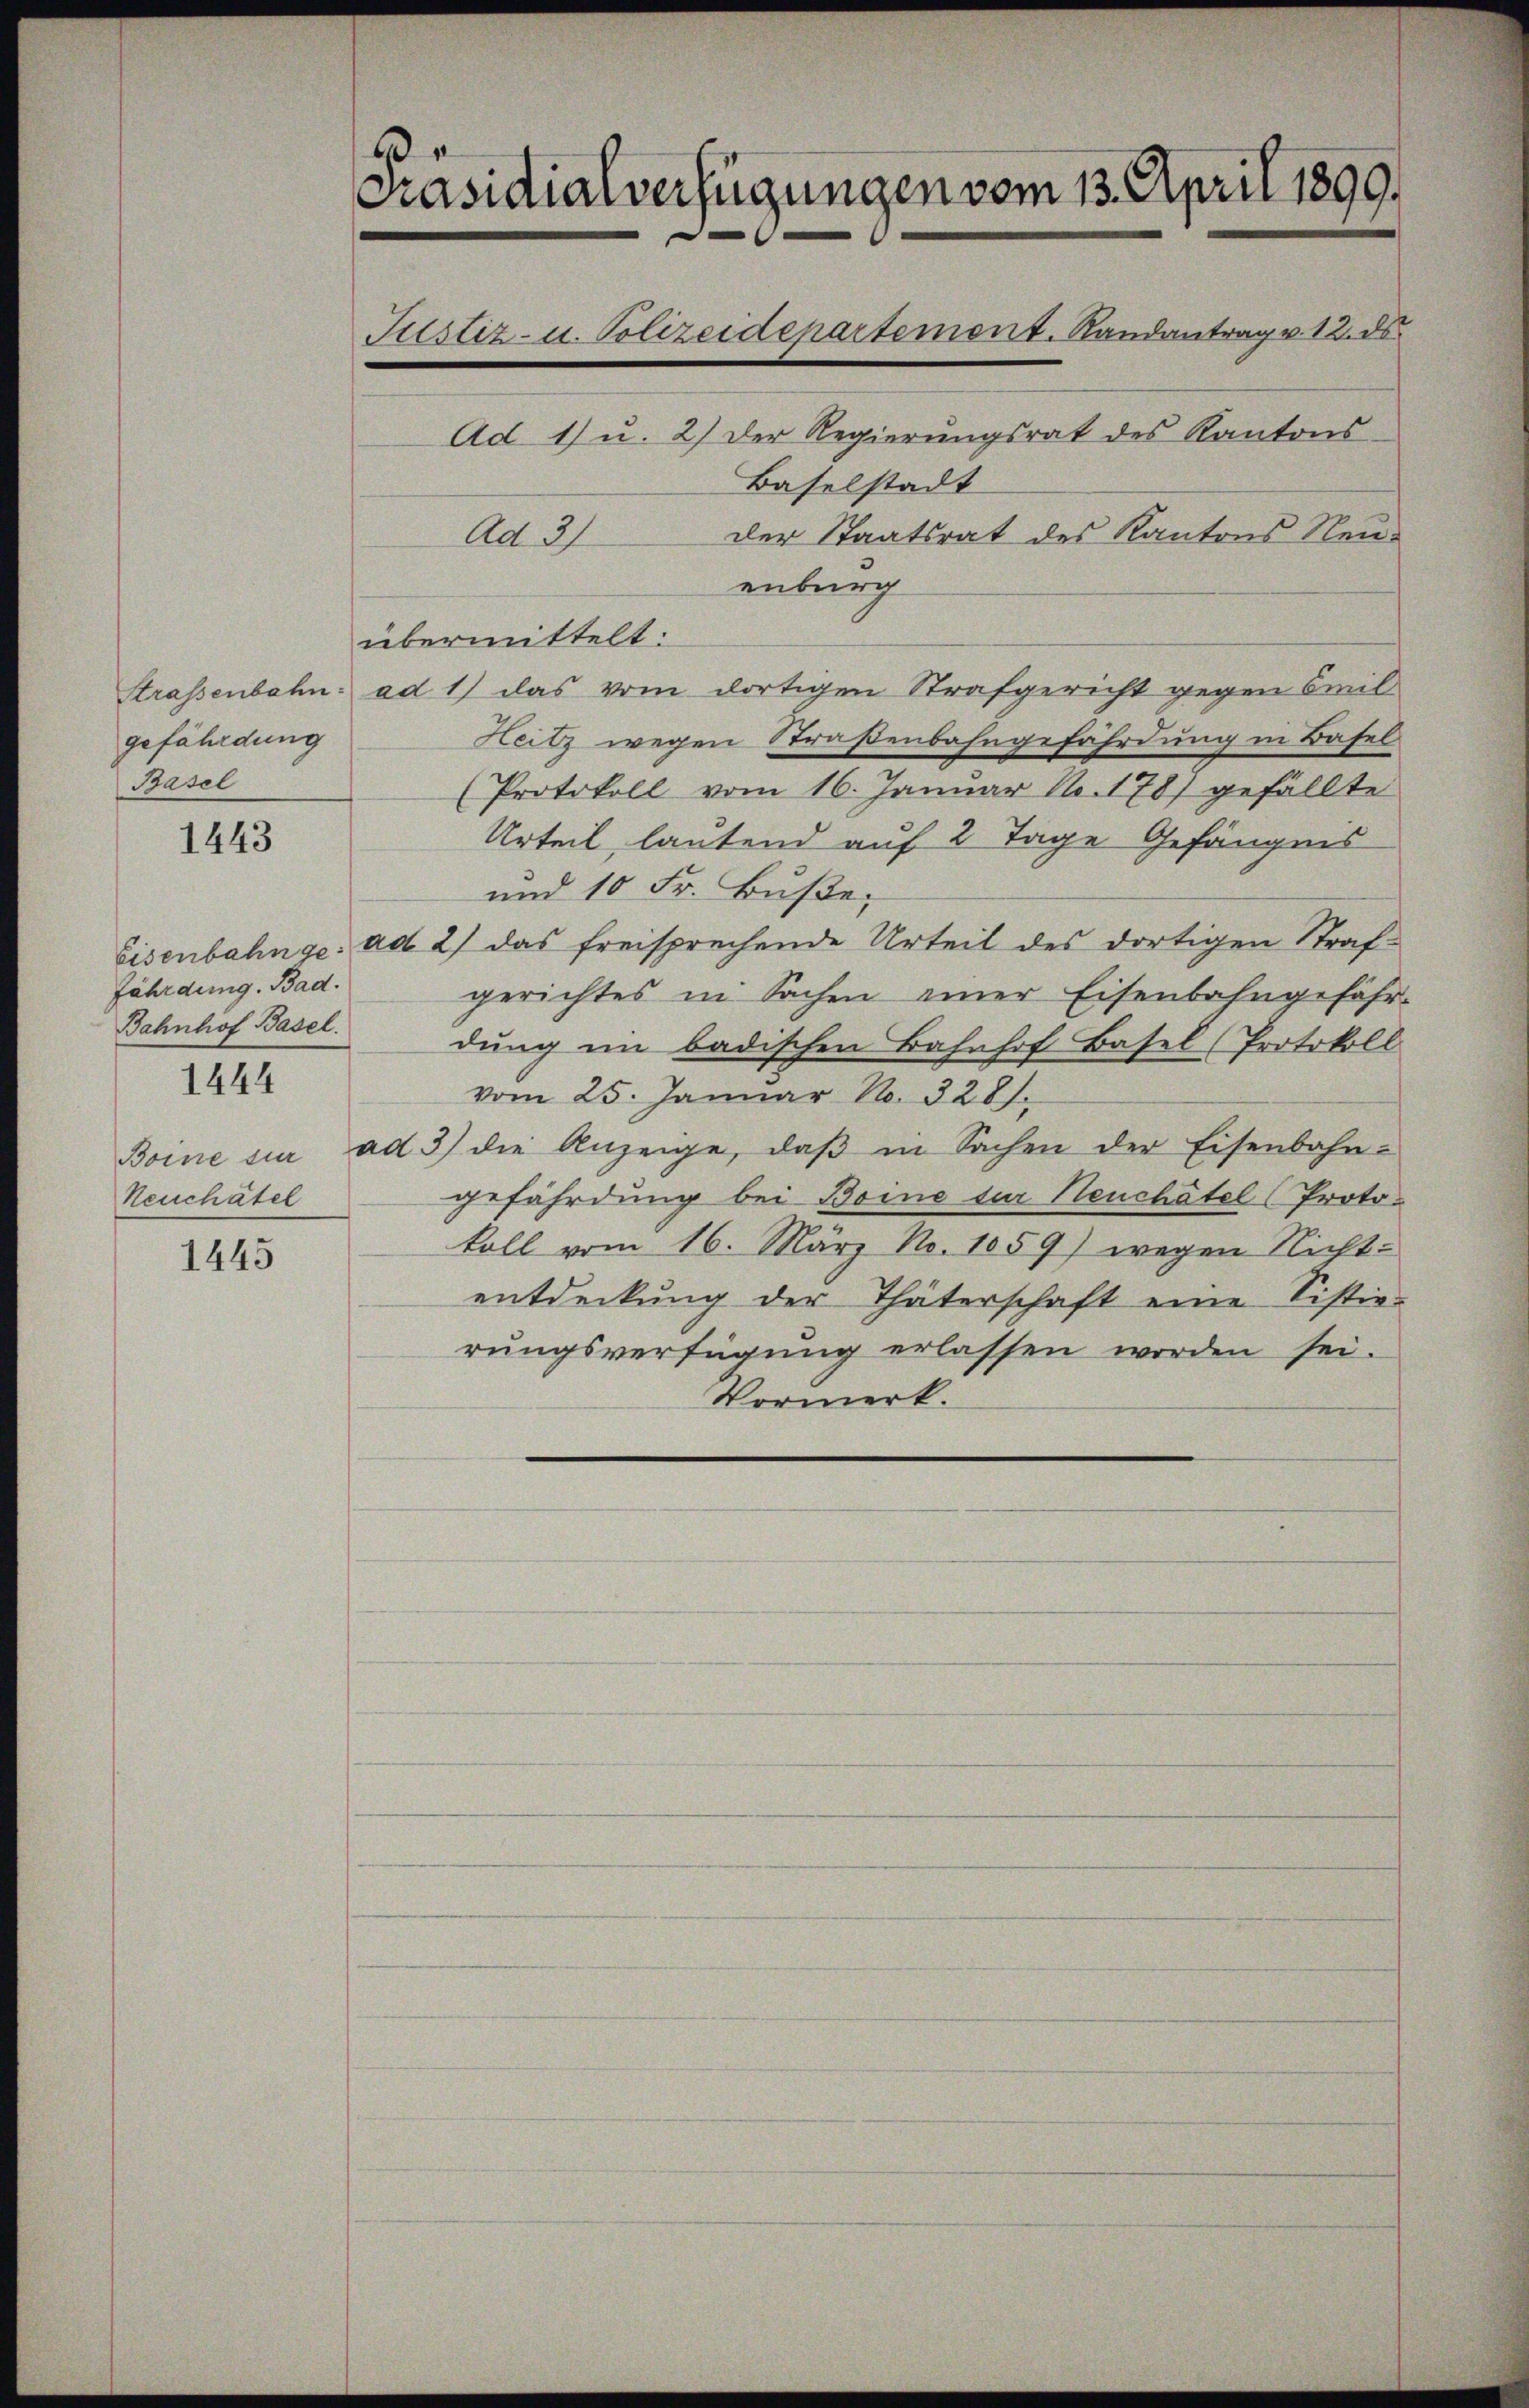
gefährdung
Basel

1443

fährdung. Bad.
Bahnhof Basel.
1444
Neuchatel

1445

6
Präsidialverfügungen vom 13. April 1890.
Justiz- u. Polizeidenartemont. Randantrag v. 12. ds.
Ad 1) u. 2) der Regierŭngsrat des Kantons
Baselstadt
der Staatsrat des Kantons Neu¬
Ad 3)

enburg
übermittelt:
Strassenbahn ad 1) das vom dortigen Strafgericht gegen Sil¬
Heitz wegen Straßenbahngefährdung in Basel
(Protokoll vom 16. Januar N. 178) gefällte
Urteil, lautend auf 2 Tage Gefängnis
und 10 Fr. Buße,
Eisenbahnge. ad 2) das freisprechende Urteil des dortigen Strafgerichtes in Sachen einer Eisenbahngefährdung in badischen Bahnhof Basel (Protokoll
vom 25. Januar No. 3281.
Boine sie ad 3) die Anzeige, daβ in Sachen der Eisenbahn-
gefährdung bei Boine zur Heuchâtel (Proto-
koll vom 16. März No. 1059) wegen Nicht-
entdeckung der Thäterschaft eine Sistie-
rŭngsverfügung erlassen worden sei.
Vormerk.